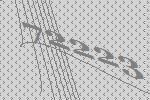
72223